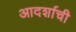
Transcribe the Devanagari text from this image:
आदर्शाची